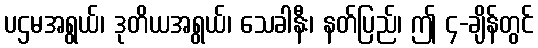
ပဌမအရွယ်၊ ဒုတိယအရွယ်၊ သေခါနီး၊ နတ်ပြည်၊ ဤ ၄-ချိန်တွင်